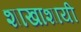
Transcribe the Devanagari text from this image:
शाखाशायी